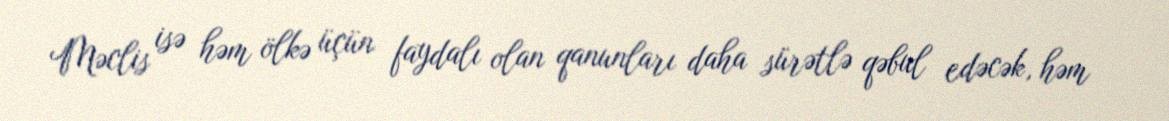
Məclis isə həm ölkə üçün faydalı olan qanunları daha sürətlə qəbul edəcək, həm